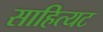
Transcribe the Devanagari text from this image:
साहित्यट